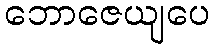
ဘောဇေယျပေ